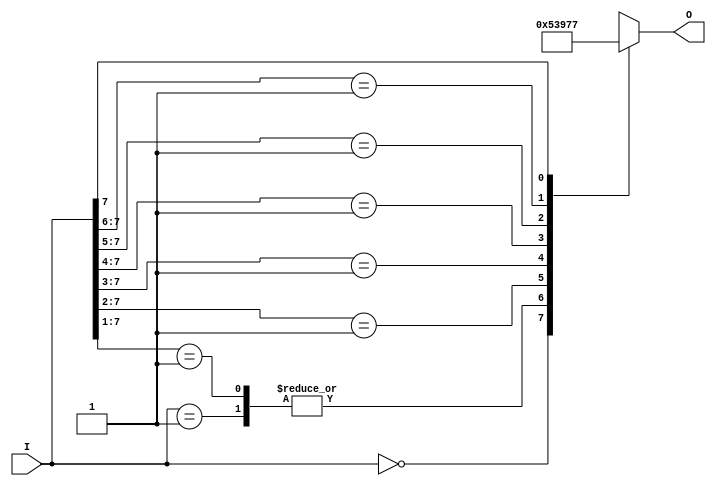
module binary_encoder (
    input wire [7:0] I,  // 8 input lines
    output reg [2:0] O   // 3-bit output
);

    always @(*) begin
        casez (I)  // Use casez to handle don't care conditions
            8'b00000000: O = 3'b000; // No inputs are active
            8'b00000001: O = 3'b001; // I0 is active
            8'b0000001?: O = 3'b001; // I1 is active
            8'b000001??: O = 3'b010; // I2 is active
            8'b00001???: O = 3'b011; // I3 is active
            8'b0001????: O = 3'b100; // I4 is active
            8'b001?????: O = 3'b101; // I5 is active
            8'b01??????: O = 3'b110; // I6 is active
            8'b1??????? : O = 3'b111; // I7 is active
            default:     O = 3'b000;   // Default case (should not occur)
        endcase
    end

endmodule